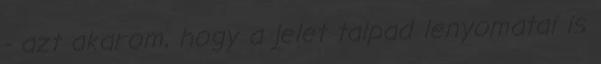
- azt akarom, hogy a jelet talpad lenyomatai is